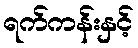
ရက်ကန်းနှင့်